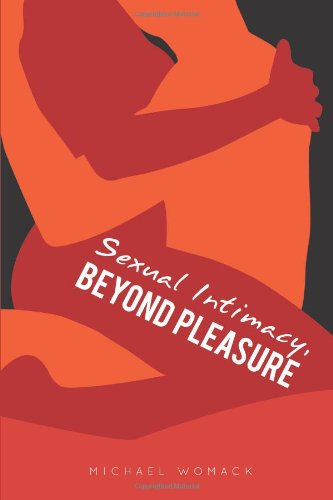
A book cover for Sexual Intimacy, Beyond Pleasure; Michael Womack; Romance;